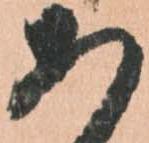
あ